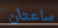
ساعتان